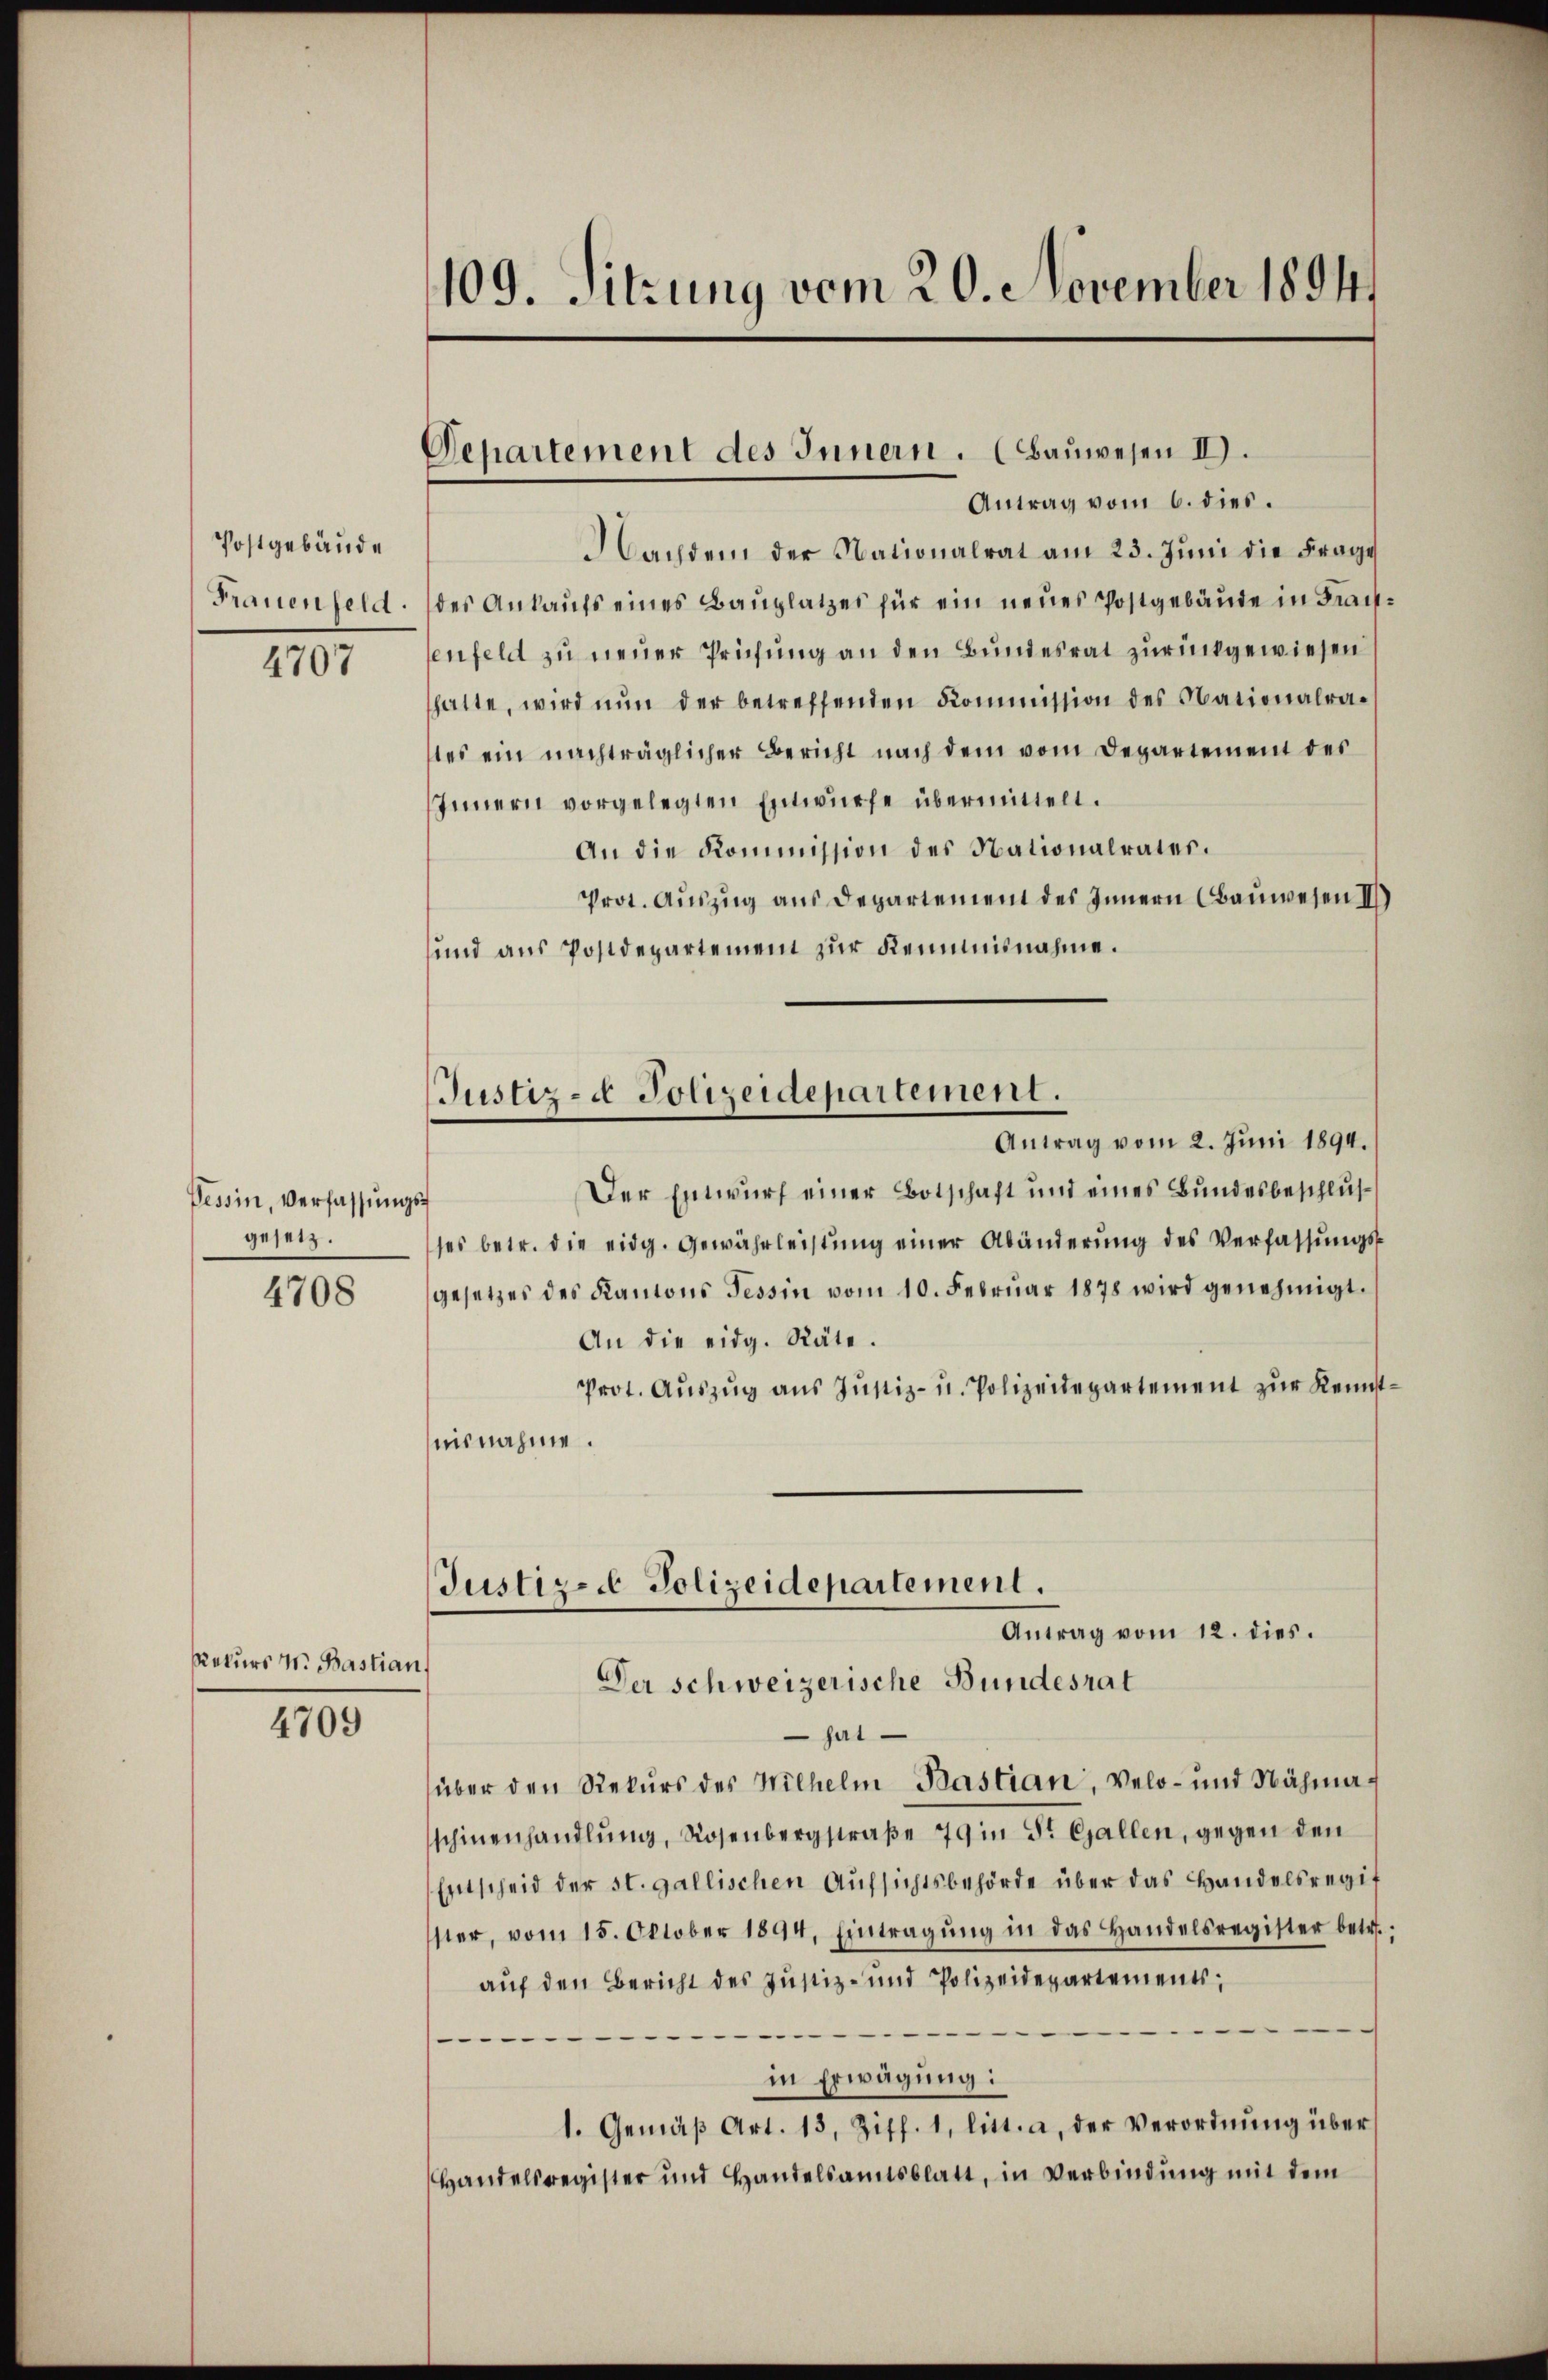
Postgebäude
Frauenfeld.

4707

Tessin, Verfassungs
gesetz.

4708

Rekurs N. Bastian,

4709

109. Sitzung vom 20. November 1894.

Departement des Innern. (Bauwesen II.
Antrag vom 6. dies.

Nachdem der Nationalrat am 23. Jŭni die Frage
des Ankaufs eines Baŭplatzes für ein neues Postgebäude in Frachenfeld zu neuer Prüfung an den Bundesrat zurückgewiesen
hatte, wird nŭn der betreffenden Kommission des Nationalrates ein nachträglicher Bericht nach dem vom Departement des
Innern vorgelegten Entwurfe übermittelt.
An die Kommission des Nationalrater.
Prot. Auszug aus Departement des Innern Bauwesen III
und aus Postdepartement zur Keimnisnahme.
Justiz- & Polizeidepartement.
Antrag vom 2. Juni 1894.
Der Entwurf einer Botschaft und eines Bundesbeschlusses betr. die eidg. Gewährleistŭng einer Abänderŭng des Verfassŭngs-
gesetzes des Kantons Tessin vom 10. Febrŭar 1878 wird genehmigt.
An die eidg. Räte.
Prot. Aŭszŭg ans Jŭstiz- u. Polizeidepartement zŭr Kennstmisnahme.

Justiz- & Polizeidepartement.
Antrag vom 12. dies.
Der schweizerische Bundesrat

sat
über den Rekurs des Wilhelm Pastian, Velo- und Nähmaschinenhandlŭng, Rosenbergstraβe 79 in St. Gallen, gegen den
Entscheid der st. gallischen Aufsichtsbehörde über das Handelsregit
ster, vom 15. Oktober 1894. Eintragŭng in das Handelsregister betr.
auf den Bericht des Justiz- und Polizeidepartements,
.
in Erwägung:
1. Gemäβ Art. 13, Ziff. 1, litt. a. der Verordnŭng über
Handelsregister und Handelsamtsblatt, in Verbindung mit dem